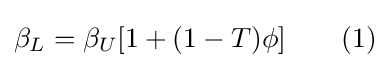
\beta _{L}=\beta _{U}[1+(1-T)\phi ]\qquad (1)